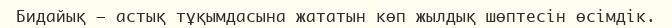
Бидайық – астық тұқымдасына жататын көп жылдық шөптесін өсімдік.